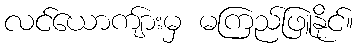
လင်ယောကျ်ားမှ မကြည်ဖြူနိုင်။